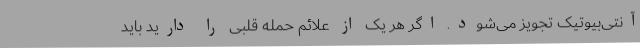
آنتی‌بیوتیک تجویز می‌شود. اگر هر یک از علائم حمله قلبی را دارید باید